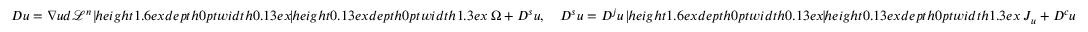
\begin{array} { r } { D u = \nabla u d \mathcal { L } ^ { n } \mathbin { \vrule h e i g h t 1 . 6 e x d e p t h 0 p t w i d t h 0 . 1 3 e x \vrule h e i g h t 0 . 1 3 e x d e p t h 0 p t w i d t h 1 . 3 e x } \Omega + D ^ { s } u , \quad D ^ { s } u = D ^ { j } u \mathbin { \vrule h e i g h t 1 . 6 e x d e p t h 0 p t w i d t h 0 . 1 3 e x \vrule h e i g h t 0 . 1 3 e x d e p t h 0 p t w i d t h 1 . 3 e x } J _ { u } + D ^ { c } u } \end{array}